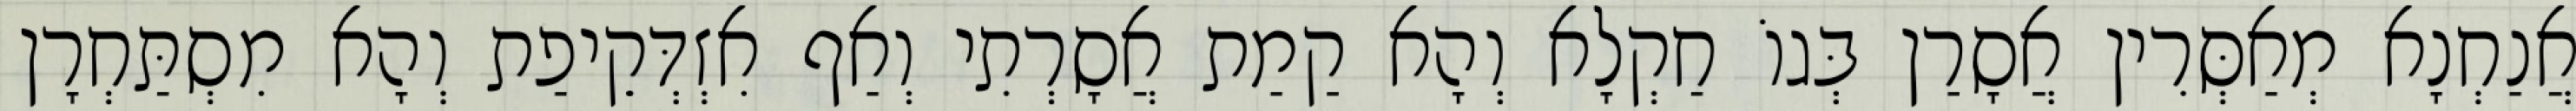
אֲנַחְנָא מְאַסְּרִין אֲסָרַן בְּגוֹ חַקְלָא וְהָא קַמַת אֲסָרְתִי וְאַף אִזְדְּקֵיפַת וְהָא מִסְתַּחְרָן